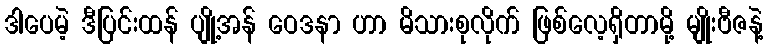
ဒါပေမဲ့ ဒီပြင်းထန် ပျို့အန် ဝေဒနာ ဟာ မိသားစုလိုက် ဖြစ်လေ့ရှိတာမို့ မျိုးဗီဇနဲ့